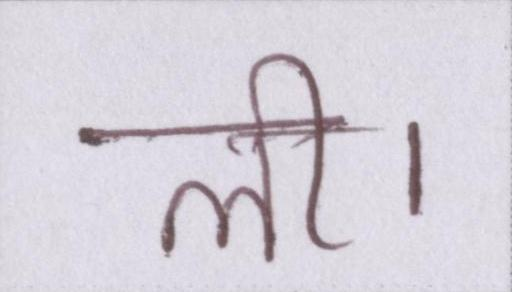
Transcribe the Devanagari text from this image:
ली।